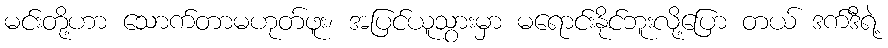
မင်းတို့ဟာ သောက်တာမဟုတ်ဖူး၊ အပြင်ယူသွားမှာ မရောင်းနိုင်ဘူးလို့ပြော တယ် ဒက်ဒီရဲ့